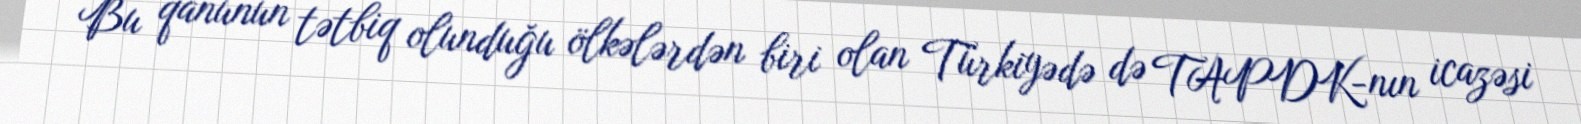
Bu qanunun tətbiq olunduğu ölkələrdən biri olan Türkiyədə də TAPDK-nın icazəsi